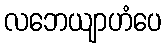
လဘေယျာဟံပေ